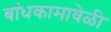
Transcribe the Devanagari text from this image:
बांधकामावेळी